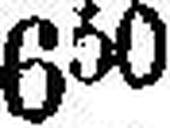
650